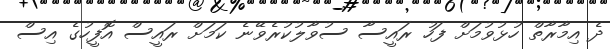
ދެ އިމާރާތް ހުޅުވުމަށް ފަހު ރައީސާ ސުވާލުކުރެވޭނެ ކަމަށް ރައީސް އޮފީހުގެ އިސް